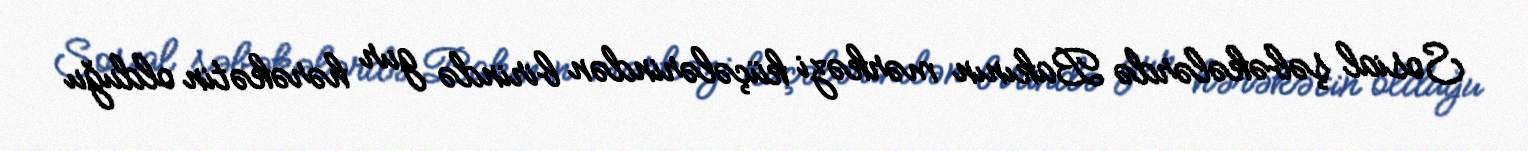
Sosial şəbəkələrdə Bakının mərkəzi küçələrindən birində gur hərəkətin olduğu